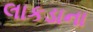
લાકડાના